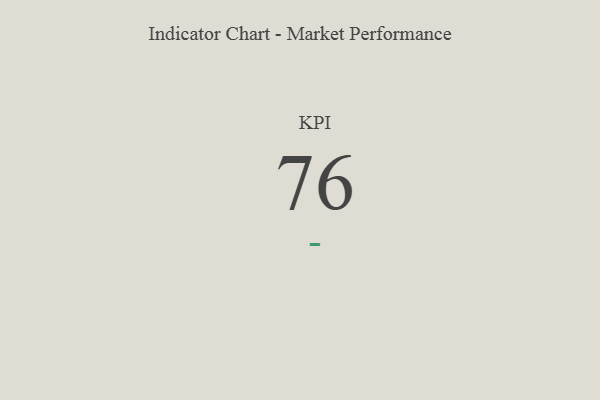
{"axis": {"x": "KPI", "y": "Value"}, "legend": [""], "data": [{"x": "KPI", "y": 76, "type": ""}]}